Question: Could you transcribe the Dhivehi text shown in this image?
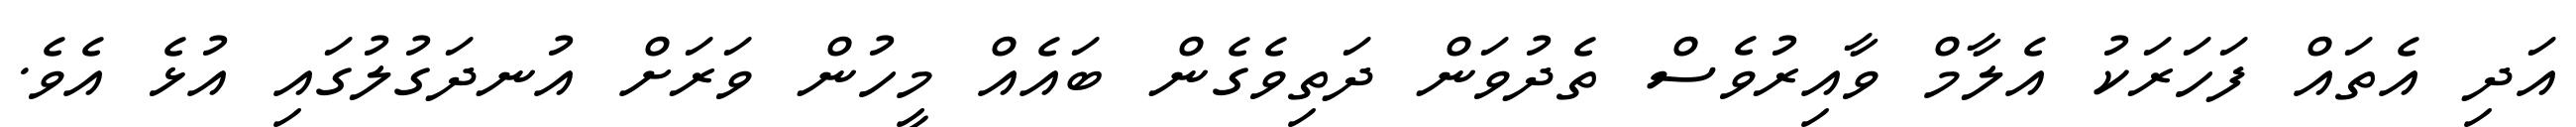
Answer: އަދި އެތައް ފަހަރަކު އެލާމް ވާއިރުވެސް ތެދުވަން ދަތިވެގެން ބައެއް މީހުން ވަރަށް އުނދަގުލުގައި އުޅެ އެވެ.